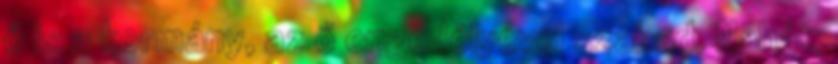
ő is a kormány, az ő engedélyével szabad. Nahát,